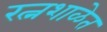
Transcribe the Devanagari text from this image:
रत्नशाळेत